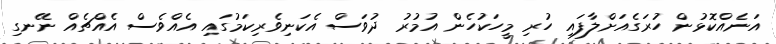
އަނެއްކޮޅުން ހުރަގެއަށްލާފައި ހުރި މީހަކުހެން އުމުރު ދުވަސް އެކަނިވެރިކަމުގައި އެއްވެސް އެއްޗެއް ނޭނގި